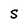
Character: S